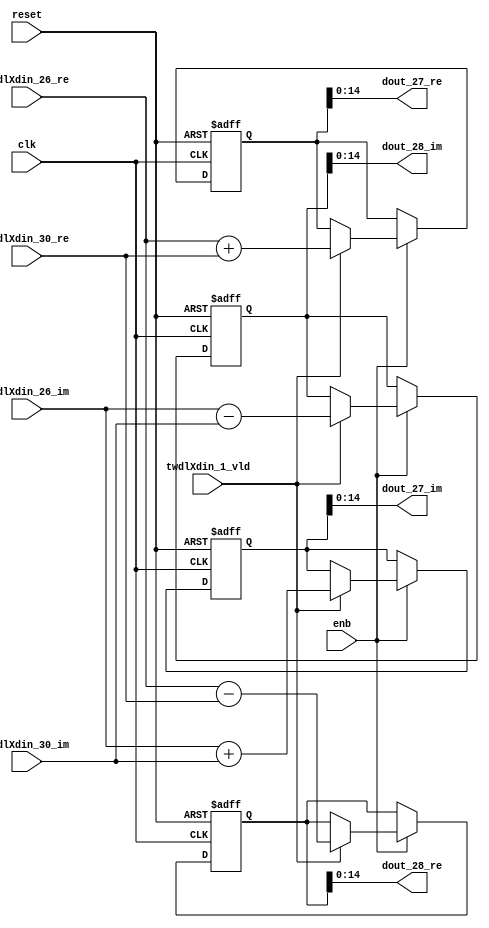
// -------------------------------------------------------------
// 
// 
// Generated by MATLAB 9.14 and HDL Coder 4.1
// 
// -------------------------------------------------------------


// -------------------------------------------------------------
// 
// Module: RADIX22FFT_SDNF1_3_block12
// Source Path: RSP/RSP/Velocity Processor/Doppler Processing/Doppler Processor/FFT/RADIX22FFT_SDNF1_3
// Hierarchy Level: 5
// 
// -------------------------------------------------------------

`timescale 1 ns / 1 ns

module RADIX22FFT_SDNF1_3_block12
          (clk,
           reset,
           enb,
           twdlXdin_26_re,
           twdlXdin_26_im,
           twdlXdin_30_re,
           twdlXdin_30_im,
           twdlXdin_1_vld,
           dout_27_re,
           dout_27_im,
           dout_28_re,
           dout_28_im);


  input   clk;
  input   reset;
  input   enb;
  input   signed [14:0] twdlXdin_26_re;  // sfix15_En10
  input   signed [14:0] twdlXdin_26_im;  // sfix15_En10
  input   signed [14:0] twdlXdin_30_re;  // sfix15_En10
  input   signed [14:0] twdlXdin_30_im;  // sfix15_En10
  input   twdlXdin_1_vld;
  output  signed [14:0] dout_27_re;  // sfix15_En10
  output  signed [14:0] dout_27_im;  // sfix15_En10
  output  signed [14:0] dout_28_re;  // sfix15_En10
  output  signed [14:0] dout_28_im;  // sfix15_En10


  reg signed [15:0] Radix22ButterflyG1_NF_btf1_re_reg;  // sfix16
  reg signed [15:0] Radix22ButterflyG1_NF_btf1_im_reg;  // sfix16
  reg signed [15:0] Radix22ButterflyG1_NF_btf2_re_reg;  // sfix16
  reg signed [15:0] Radix22ButterflyG1_NF_btf2_im_reg;  // sfix16
  reg  Radix22ButterflyG1_NF_dinXtwdl_vld_dly1;
  reg signed [15:0] Radix22ButterflyG1_NF_btf1_re_reg_next;  // sfix16_En10
  reg signed [15:0] Radix22ButterflyG1_NF_btf1_im_reg_next;  // sfix16_En10
  reg signed [15:0] Radix22ButterflyG1_NF_btf2_re_reg_next;  // sfix16_En10
  reg signed [15:0] Radix22ButterflyG1_NF_btf2_im_reg_next;  // sfix16_En10
  reg  Radix22ButterflyG1_NF_dinXtwdl_vld_dly1_next;
  reg signed [14:0] dout_27_re_1;  // sfix15_En10
  reg signed [14:0] dout_27_im_1;  // sfix15_En10
  reg signed [14:0] dout_28_re_1;  // sfix15_En10
  reg signed [14:0] dout_28_im_1;  // sfix15_En10
  reg  dout_27_vld;
  reg signed [15:0] Radix22ButterflyG1_NF_add_cast;  // sfix16_En10
  reg signed [15:0] Radix22ButterflyG1_NF_add_cast_0;  // sfix16_En10
  reg signed [15:0] Radix22ButterflyG1_NF_sub_cast;  // sfix16_En10
  reg signed [15:0] Radix22ButterflyG1_NF_sub_cast_0;  // sfix16_En10
  reg signed [15:0] Radix22ButterflyG1_NF_add_cast_1;  // sfix16_En10
  reg signed [15:0] Radix22ButterflyG1_NF_add_cast_2;  // sfix16_En10
  reg signed [15:0] Radix22ButterflyG1_NF_sub_cast_1;  // sfix16_En10
  reg signed [15:0] Radix22ButterflyG1_NF_sub_cast_2;  // sfix16_En10


  // Radix22ButterflyG1_NF
  always @(posedge clk or posedge reset)
    begin : Radix22ButterflyG1_NF_process
      if (reset == 1'b1) begin
        Radix22ButterflyG1_NF_btf1_re_reg <= 16'sb0000000000000000;
        Radix22ButterflyG1_NF_btf1_im_reg <= 16'sb0000000000000000;
        Radix22ButterflyG1_NF_btf2_re_reg <= 16'sb0000000000000000;
        Radix22ButterflyG1_NF_btf2_im_reg <= 16'sb0000000000000000;
        Radix22ButterflyG1_NF_dinXtwdl_vld_dly1 <= 1'b0;
      end
      else begin
        if (enb) begin
          Radix22ButterflyG1_NF_btf1_re_reg <= Radix22ButterflyG1_NF_btf1_re_reg_next;
          Radix22ButterflyG1_NF_btf1_im_reg <= Radix22ButterflyG1_NF_btf1_im_reg_next;
          Radix22ButterflyG1_NF_btf2_re_reg <= Radix22ButterflyG1_NF_btf2_re_reg_next;
          Radix22ButterflyG1_NF_btf2_im_reg <= Radix22ButterflyG1_NF_btf2_im_reg_next;
          Radix22ButterflyG1_NF_dinXtwdl_vld_dly1 <= Radix22ButterflyG1_NF_dinXtwdl_vld_dly1_next;
        end
      end
    end

  always @(Radix22ButterflyG1_NF_btf1_im_reg, Radix22ButterflyG1_NF_btf1_re_reg,
       Radix22ButterflyG1_NF_btf2_im_reg, Radix22ButterflyG1_NF_btf2_re_reg,
       Radix22ButterflyG1_NF_dinXtwdl_vld_dly1, twdlXdin_1_vld, twdlXdin_26_im,
       twdlXdin_26_re, twdlXdin_30_im, twdlXdin_30_re) begin
    Radix22ButterflyG1_NF_add_cast = 16'sb0000000000000000;
    Radix22ButterflyG1_NF_add_cast_0 = 16'sb0000000000000000;
    Radix22ButterflyG1_NF_sub_cast = 16'sb0000000000000000;
    Radix22ButterflyG1_NF_sub_cast_0 = 16'sb0000000000000000;
    Radix22ButterflyG1_NF_add_cast_1 = 16'sb0000000000000000;
    Radix22ButterflyG1_NF_add_cast_2 = 16'sb0000000000000000;
    Radix22ButterflyG1_NF_sub_cast_1 = 16'sb0000000000000000;
    Radix22ButterflyG1_NF_sub_cast_2 = 16'sb0000000000000000;
    Radix22ButterflyG1_NF_btf1_re_reg_next = Radix22ButterflyG1_NF_btf1_re_reg;
    Radix22ButterflyG1_NF_btf1_im_reg_next = Radix22ButterflyG1_NF_btf1_im_reg;
    Radix22ButterflyG1_NF_btf2_re_reg_next = Radix22ButterflyG1_NF_btf2_re_reg;
    Radix22ButterflyG1_NF_btf2_im_reg_next = Radix22ButterflyG1_NF_btf2_im_reg;
    Radix22ButterflyG1_NF_dinXtwdl_vld_dly1_next = twdlXdin_1_vld;
    if (twdlXdin_1_vld) begin
      Radix22ButterflyG1_NF_add_cast = {twdlXdin_26_re[14], twdlXdin_26_re};
      Radix22ButterflyG1_NF_add_cast_0 = {twdlXdin_30_re[14], twdlXdin_30_re};
      Radix22ButterflyG1_NF_btf1_re_reg_next = Radix22ButterflyG1_NF_add_cast + Radix22ButterflyG1_NF_add_cast_0;
      Radix22ButterflyG1_NF_sub_cast = {twdlXdin_26_re[14], twdlXdin_26_re};
      Radix22ButterflyG1_NF_sub_cast_0 = {twdlXdin_30_re[14], twdlXdin_30_re};
      Radix22ButterflyG1_NF_btf2_re_reg_next = Radix22ButterflyG1_NF_sub_cast - Radix22ButterflyG1_NF_sub_cast_0;
      Radix22ButterflyG1_NF_add_cast_1 = {twdlXdin_26_im[14], twdlXdin_26_im};
      Radix22ButterflyG1_NF_add_cast_2 = {twdlXdin_30_im[14], twdlXdin_30_im};
      Radix22ButterflyG1_NF_btf1_im_reg_next = Radix22ButterflyG1_NF_add_cast_1 + Radix22ButterflyG1_NF_add_cast_2;
      Radix22ButterflyG1_NF_sub_cast_1 = {twdlXdin_26_im[14], twdlXdin_26_im};
      Radix22ButterflyG1_NF_sub_cast_2 = {twdlXdin_30_im[14], twdlXdin_30_im};
      Radix22ButterflyG1_NF_btf2_im_reg_next = Radix22ButterflyG1_NF_sub_cast_1 - Radix22ButterflyG1_NF_sub_cast_2;
    end
    dout_27_re_1 = Radix22ButterflyG1_NF_btf1_re_reg[14:0];
    dout_27_im_1 = Radix22ButterflyG1_NF_btf1_im_reg[14:0];
    dout_28_re_1 = Radix22ButterflyG1_NF_btf2_re_reg[14:0];
    dout_28_im_1 = Radix22ButterflyG1_NF_btf2_im_reg[14:0];
    dout_27_vld = Radix22ButterflyG1_NF_dinXtwdl_vld_dly1;
  end



  assign dout_27_re = dout_27_re_1;

  assign dout_27_im = dout_27_im_1;

  assign dout_28_re = dout_28_re_1;

  assign dout_28_im = dout_28_im_1;

endmodule  // RADIX22FFT_SDNF1_3_block12